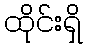
ထိုင်းရှိ